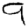
Digit: 9